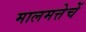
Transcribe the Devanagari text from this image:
मालमत्तेचें